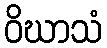
ဝိဃာသံ